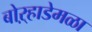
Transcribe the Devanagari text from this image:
बोऱ्हाडेमळा